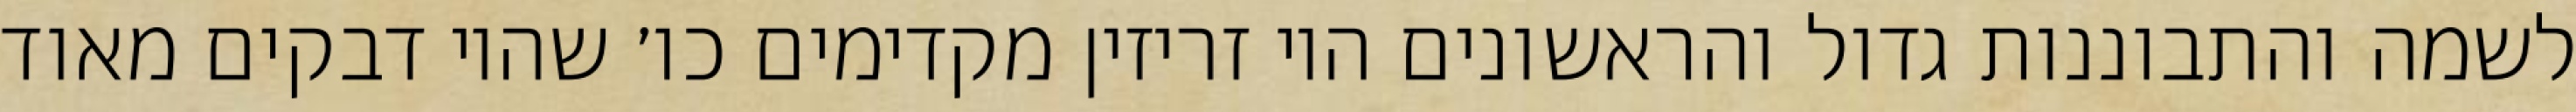
לשמה והתבוננות גדול והראשונים היו זריזין מקדימים כו׳ שהיו דבקים מאוד